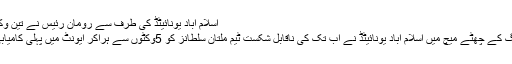
اسلام آباد یونائیٹڈ کی طرف سے رومان رئیس نے تین وکٹیں حاصل کیں
پاکستان سپر لیگ کے چھٹے میچ میں اسلام آباد یونائیٹڈ نے اب تک کی ناقابل شکست ٹیم ملتان سلطانز کو 5وکٹوں سے ہراکر ایونٹ میں پہلی کامیابی حاصل کرلی۔